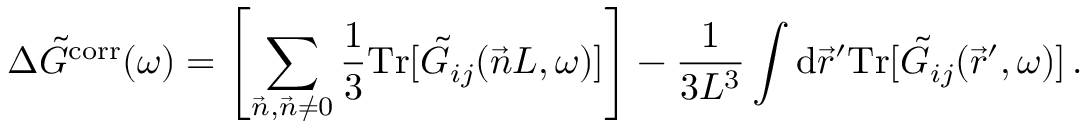
\Delta \Tilde { G } ^ { \mathrm { c o r r } } ( \omega ) = \left[ \sum _ { \vec { n } , \vec { n } \neq 0 } \frac { 1 } { 3 } \mathrm { T r } [ \Tilde { G } _ { i j } ( \vec { n } L , \omega ) ] \right] - \frac { 1 } { 3 L ^ { 3 } } \int \mathrm { d } \vec { r } ^ { \prime } \mathrm { T r } [ \Tilde { G } _ { i j } ( \vec { r } ^ { \prime } , \omega ) ] \, .